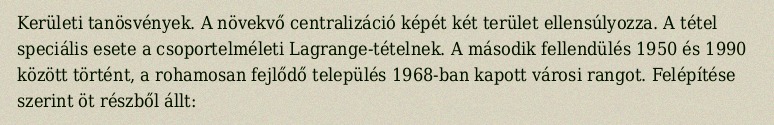
Kerületi tanösvények. A növekvő centralizáció képét két terület ellensúlyozza. A tétel speciális esete a csoportelméleti Lagrange-tételnek. A második fellendülés 1950 és 1990 között történt, a rohamosan fejlődő település 1968-ban kapott városi rangot. Felépítése szerint öt részből állt: